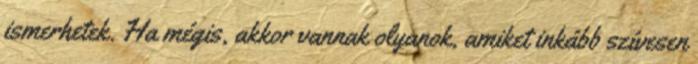
ismerhetek. Ha mégis, akkor vannak olyanok, amiket inkább szívesen